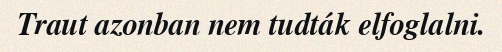
Traut azonban nem tudták elfoglalni.